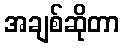
အချစ်ဆိုတာ